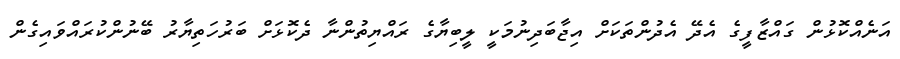
އަނެއްކޮޅުން ގައްޒާފީގެ އެދޭ އެދުންތަކަށް އިޖާބަދިނުމަކީ ލީބިޔާގެ ރައްޔިތުންނާ ދެކޮޅަށް ބަރުހަތިޔާރު ބޭނުންކުރައްވައިގެން